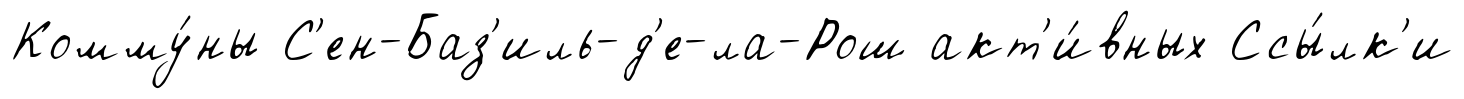
Комму́ны С'ен-Баз'иль-д'е-ла-Рош акт'и́вных Ссы́лк'и